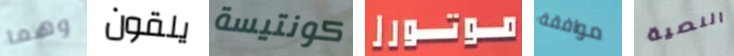
وهما يلقون كونتيسة موتورز موافقة النصية